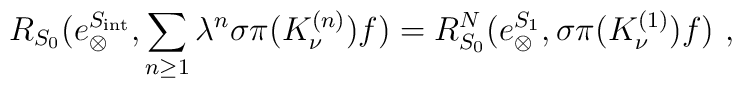
R_{S_0}(e_{\otimes}^{S_{\mathrm{int}}},\sum_{n\geq 1}\lambda^n\sigma\pi (K^{(n)}_\nu)f)=R^N_{S_0}(e_{\otimes}^{S_1},\sigma\pi (K^{(1)}_\nu)f)\ ,